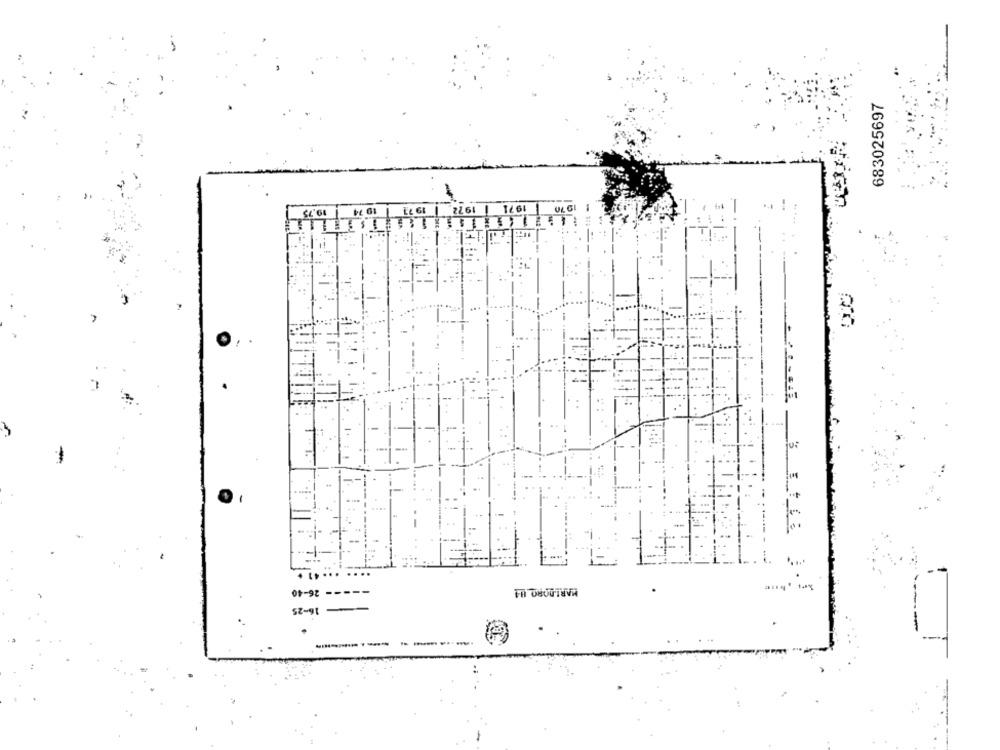
683025697
19 74
19.75
ULGI
1-
26-40
MARI.DORO 84
-----
16-25
-